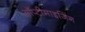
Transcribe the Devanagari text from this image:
ऑप्टीमाइजिंग